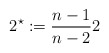
\begin{align*}2^{\star} := \frac{n-1}{n-2}2\end{align*}